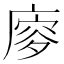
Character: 𢊈